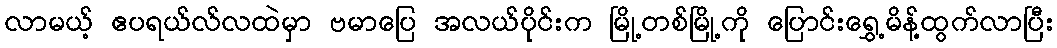
လာမယ့် ဧပရယ်လ်လထဲမှာ ဗမာပြေ အလယ်ပိုင်းက မြို့တစ်မြို့ကို ပြောင်းရွှေ့မိန့်ထွက်လာပြီး